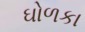
ઘોળકા